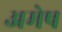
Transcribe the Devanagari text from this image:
अमेष